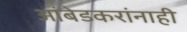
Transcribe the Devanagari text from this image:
आंबेडकरांनाही